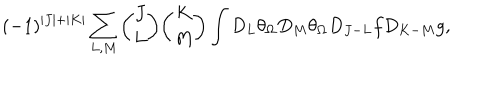
LaTeX: ( - 1 ) ^ { | J | + | K | } \sum _ { L , M } { \binom { J } { L } } { \binom { K } { M } } \int D _ { L } \theta _ { \Omega } D _ { M } \theta _ { \Omega } D _ { J - L } f D _ { K - M } g ,